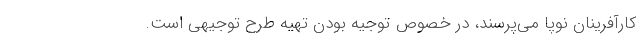
کارآفرینان نوپا می‌پرسند، در خصوص توجیه بودن تهیه طرح توجیهی است.